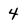
Character: 4